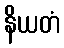
နိယတံ